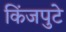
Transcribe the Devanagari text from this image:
किंजपुटे